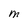
Character: M